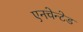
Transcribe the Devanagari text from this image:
एनचेन्टेड